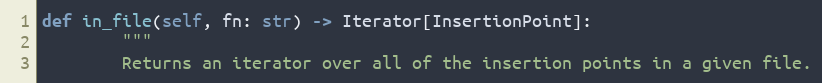
Language: Python
def in_file(self, fn: str) -> Iterator[InsertionPoint]:
        """
        Returns an iterator over all of the insertion points in a given file.